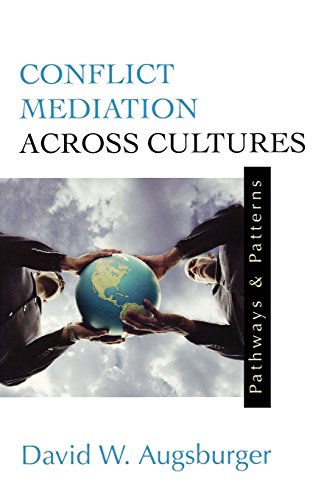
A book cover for Conflict Mediation Across Cultures: Pathways and Patterns; David W. Augsburger; Reference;